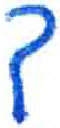
אות: ך